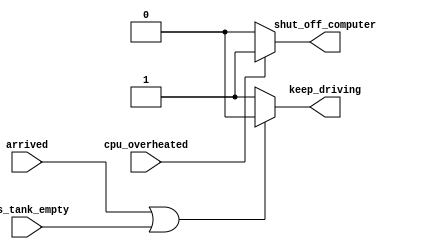
module top_module (
    input      cpu_overheated,
    output reg shut_off_computer,
    input      arrived,
    input      gas_tank_empty,
    output reg keep_driving  ); //

    // Fix the bug in the following code
    
    always @(*) begin
        if (cpu_overheated)
            shut_off_computer = 1;
        else
            shut_off_computer = 0;
    end

    always @(*) begin
        if (arrived || gas_tank_empty)
            keep_driving = 0;
        else
            keep_driving = 1;
    end

endmodule